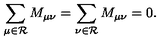
\sum _ { \mu \in { \cal R } } M _ { \mu \nu } = \sum _ { \nu \in { \cal R } } M _ { \mu \nu } = 0 .